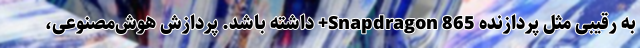
به رقیبی مثل پردازنده Snapdragon 865+ داشته باشد. پردازش هوش‌مصنوعی،